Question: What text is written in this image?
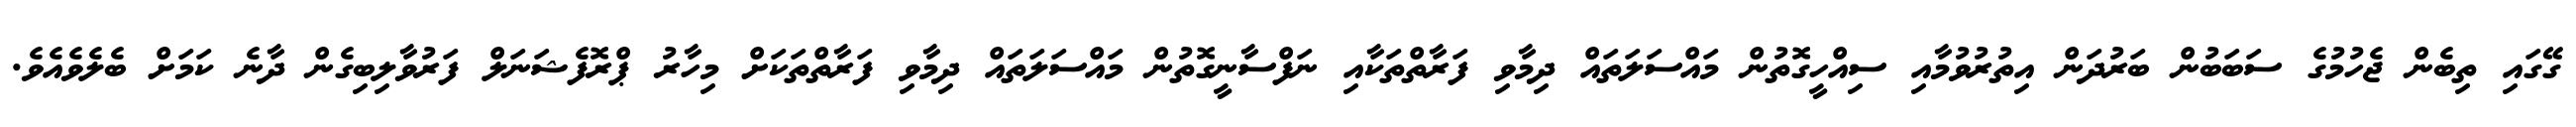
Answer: ގޭގައި ތިބެން ޖެހުމުގެ ސަބަބުން ބަރުދަން އިތުރުވުމާއި ސިއްހީގޮތުން މައްސަލަތައް ދިމާވި ފަރާތްތަކާއި ނަފްސާނީގޮތުން މައްސަލަތައް ދިމާވި ފަރާތްތަކަށް މިހާރު ޕްރޮފެޝަނަލް ފަރުވާލިބިގެން ދާނެ ކަމަށް ބެލެވެއެވެ.